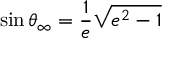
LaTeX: \sin \theta _ { \infty } = { \frac { 1 } { e } } { \sqrt { e ^ { 2 } - 1 } }